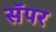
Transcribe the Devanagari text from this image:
सॅपर